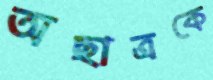
অছাত্রকে